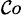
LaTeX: _{\mathcal{C}o}